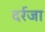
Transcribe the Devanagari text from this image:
दर्रजा